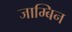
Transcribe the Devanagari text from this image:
जाम्बिन